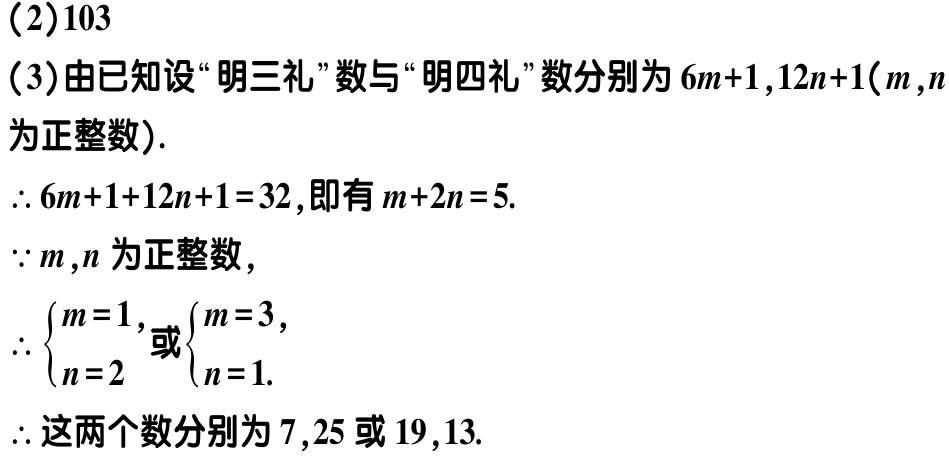
(2)103

(3)由已知设“明三礼”数与“明四礼”数分别为\(6m + 1,12n + 1(m,n\)为正整数).

\(\therefore 6m + 1+12n + 1 = 32\),即有\(m + 2n = 5\).

\(\because m,n\)为正整数,

\(\therefore\begin{cases}m = 1,\\n = 2\end{cases}\)或\(\begin{cases}m = 3,\\n = 1.\end{cases}\)

\(\therefore\)这两个数分别为\(7,25\)或\(19,13\).